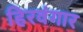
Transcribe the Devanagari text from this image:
हिरवंगार